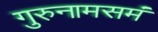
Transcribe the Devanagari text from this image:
गुरुनामसमं